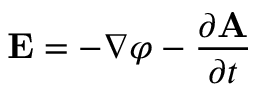
\mathbf { E } = - \nabla \varphi - { \frac { \partial \mathbf { A } } { \partial t } }